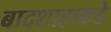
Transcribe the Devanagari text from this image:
बादशाहाकडे